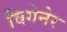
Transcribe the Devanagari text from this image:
विगेनेर